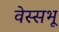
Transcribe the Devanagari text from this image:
वेस्सभू